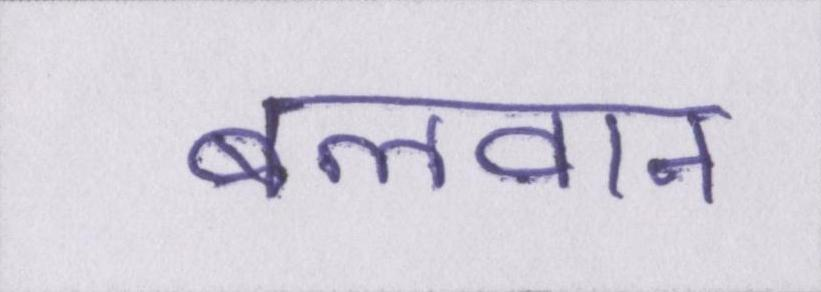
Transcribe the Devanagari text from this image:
बलवान